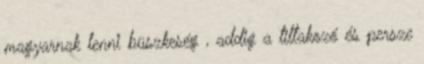
magyarnak lenni büszkeség , addig a tiltakozó és persze